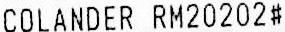
COLANDER RM20202#